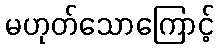
မဟုတ်သောကြောင့်